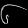
Digit: ၆